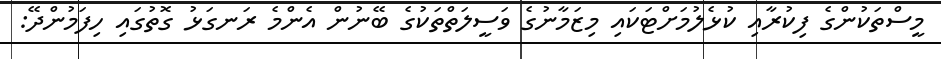
މީސްތަކުންގެ ފިކުރާއި ކުޅެލުމަށްޓަކައި މިޒަމާނުގެ ވަސީލަތްތަކުގެ ބޭނުން އެންމެ ރަނގަޅު ގޮތުގައި ހިފަމުންދޭ: